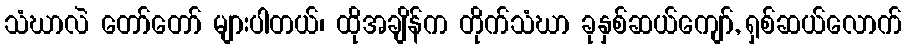
သံဃာလဲ တော်တော် များပါတယ်၊ ထိုအချိန်က တိုက်သံဃာ ခုနှစ်ဆယ်ကျော်, ရှစ်ဆယ်လောက်